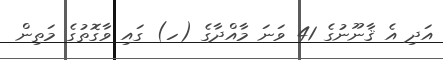
އަދި އެ ޤާނޫނުގެ 41 ވަނަ މާއްދާގެ (ހ) ގައި ވާގޮތުގެ މަތިން